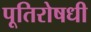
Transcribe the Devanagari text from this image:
पूतिरोषधी